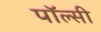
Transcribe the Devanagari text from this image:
पॉल्सी